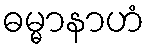
ဓမ္မာနာဟံ